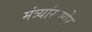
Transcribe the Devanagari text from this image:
मंत्र्यांसमोर